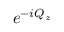
e ^ { - i Q _ { z } }